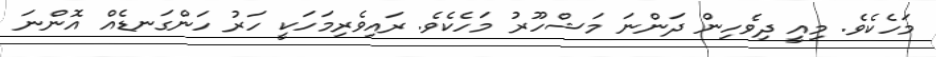
މަހެކެވެ. މިއީ ދިވެހިން ދަންނަ މަޝްހޫރު މަހެކެވެ. ރައިވެރިމަހަކީ ހަރު ހަންގަނޑެއް އޮންނަ